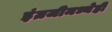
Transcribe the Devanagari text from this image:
इंग्रजीमध्येही